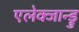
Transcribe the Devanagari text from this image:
एलेक्जान्ड्रु